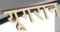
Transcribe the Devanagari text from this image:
यूगरान